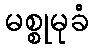
မစ္စုမုခံ